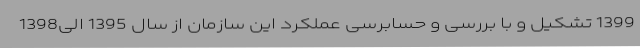
1399 تشکیل و با بررسی و حسابرسی عملکرد این سازمان از سال 1395 الی1398